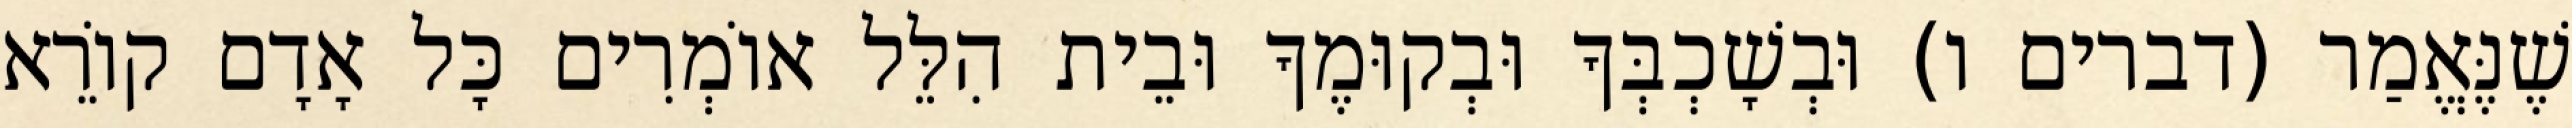
שֶׁנֶּאֱמַר (דברים ו) וּבְשָׁכְבְּךָ וּבְקוּמֶךָ וּבֵית הִלֵּל אוֹמְרִים כָּל אָדָם קוֹרֵא